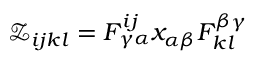
\mathcal { Z } _ { i j k l } = F _ { \gamma \alpha } ^ { i j } x _ { \alpha \beta } F _ { k l } ^ { \beta \gamma }